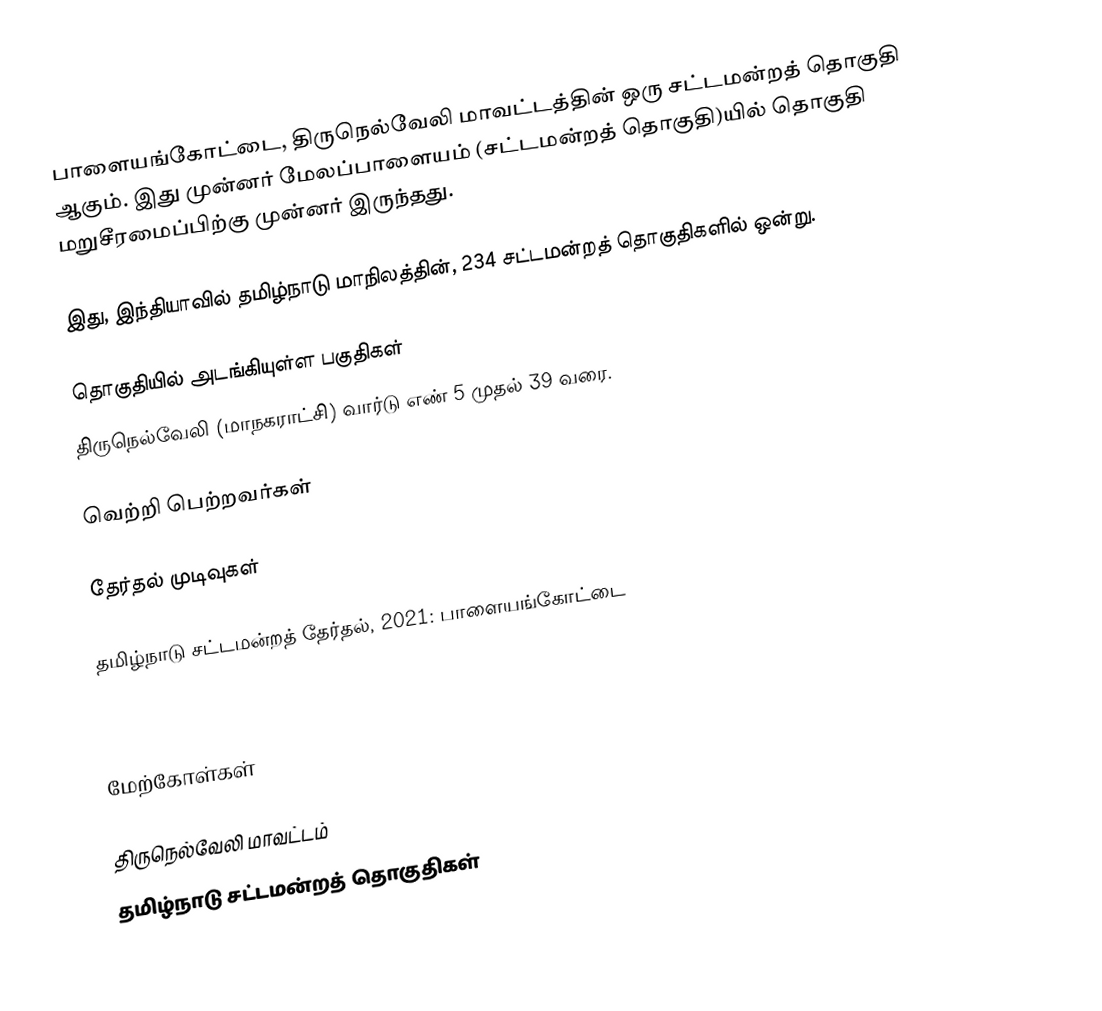
பாளையங்கோட்டை, திருநெல்வேலி மாவட்டத்தின் ஒரு சட்டமன்றத் தொகுதி ஆகும். இது முன்னர் மேலப்பாளையம் (சட்டமன்றத் தொகுதி)யில் தொகுதி மறுசீரமைப்பிற்கு முன்னர் இருந்தது.

இது, இந்தியாவில் தமிழ்நாடு மாநிலத்தின், 234 சட்டமன்றத் தொகுதிகளில் ஒன்று.

தொகுதியில் அடங்கியுள்ள பகுதிகள்
திருநெல்வேலி (மாநகராட்சி) வார்டு எண் 5 முதல் 39 வரை.

வெற்றி பெற்றவர்கள்

தேர்தல் முடிவுகள்

தமிழ்நாடு சட்டமன்றத் தேர்தல், 2021: பாளையங்கோட்டை

2016

மேற்கோள்கள்

திருநெல்வேலி மாவட்டம்
தமிழ்நாடு சட்டமன்றத் தொகுதிகள்